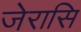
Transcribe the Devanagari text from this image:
जेरासि